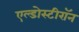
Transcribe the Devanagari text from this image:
एल्डोस्टीरॉन